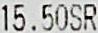
15.50SR